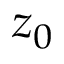
z _ { 0 }